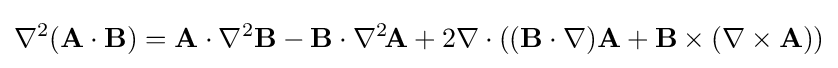
\nabla ^{2}(\mathbf {A} \cdot \mathbf {B} )=\mathbf {A} \cdot \nabla ^{2}\mathbf {B} -\mathbf {B} \cdot \nabla ^{2}\!\mathbf {A} +2\nabla \cdot ((\mathbf {B} \cdot \nabla )\mathbf {A} +\mathbf {B} \times (\nabla \times \mathbf {A} ))